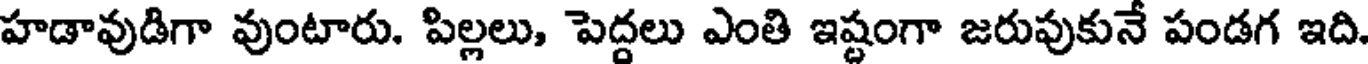
హడావుడిగా వుంటారు. పిల్లలు, పెద్దలు ఎంతి ఇష్టంగా జరుపుకునే పండగ ఇది